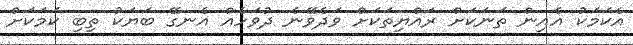
އެކަމަކު އެއިން ތަނަކަށް ރައްޔިތަކަށް ވަދެވޭނެ ދުވަހެއް އެނގޭ ބަޔަކު ތިބި ކަމަކަށް